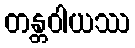
တန္တဝါယဿ